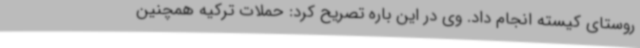
روستای کیسته انجام داد. وی در این باره تصریح کرد: حملات ترکیه همچنین